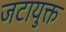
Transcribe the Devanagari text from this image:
जटायुक्त